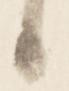
候